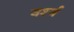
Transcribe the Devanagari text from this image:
वर्श्ज